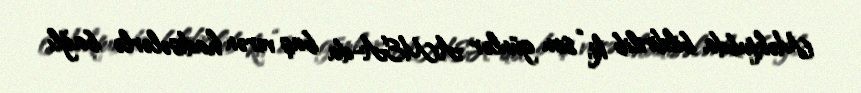
Məktubda bildirilib ki, “son günlər AMEA-da baş verən hadisələrlə bağlı